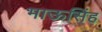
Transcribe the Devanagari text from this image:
भाऊसिंह